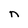
Character: n